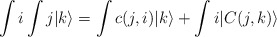
\begin{align*}\int i \int j | k \rangle = \int c(j,i) |k\rangle + \int i|C(j,k)\rangle\end{align*}